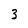
Character: 3